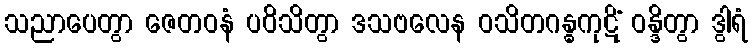
သညာပေတွာ ဇေတဝနံ ပဝိသိတွာ ဒသဗလေန ဝသိတဂန္ဓကုဋိံ ဝန္ဒိတွာ ဒွါရံ